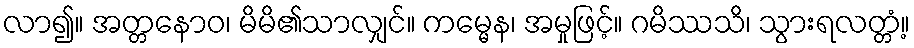
လာ၍။ အတ္တနောဝ၊ မိမိ၏သာလျှင်။ ကမ္မေန၊ အမှုဖြင့်။ ဂမိဿသိ၊ သွားရလတ္တံ့။